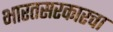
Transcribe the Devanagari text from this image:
भारतसरकारचा